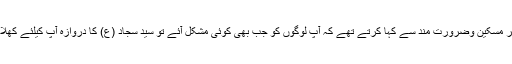
آپ ھر مسکین وضرورت مند سے کہا کرتے تھے کہ آپ لوگوں کو جب بھی کوئی مشکل آئے تو سید سجاد (ع) کا دروازہ آپ کیلئے کھلا ھے۔